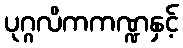
ပုဂ္ဂလိကကဏ္ဍနှင့်